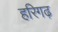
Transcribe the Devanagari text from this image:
हरिगढ़